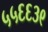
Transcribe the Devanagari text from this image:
५५६६३९